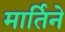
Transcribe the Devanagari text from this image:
मार्तिने